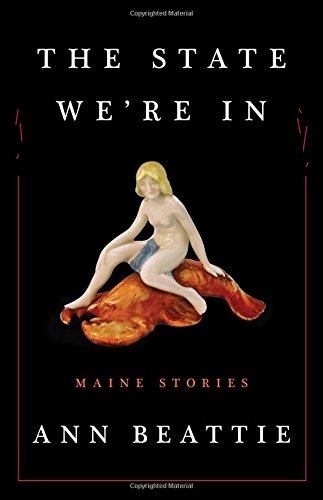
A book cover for The State We're In: Maine Stories; Ann Beattie; Literature & Fiction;